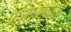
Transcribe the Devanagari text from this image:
प्रशिक्षणसाठी